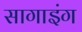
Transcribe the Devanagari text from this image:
सागाइंग